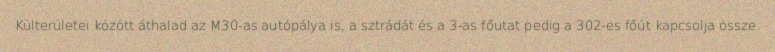
Külterületei között áthalad az M30-as autópálya is, a sztrádát és a 3-as főutat pedig a 302-es főút kapcsolja össze.